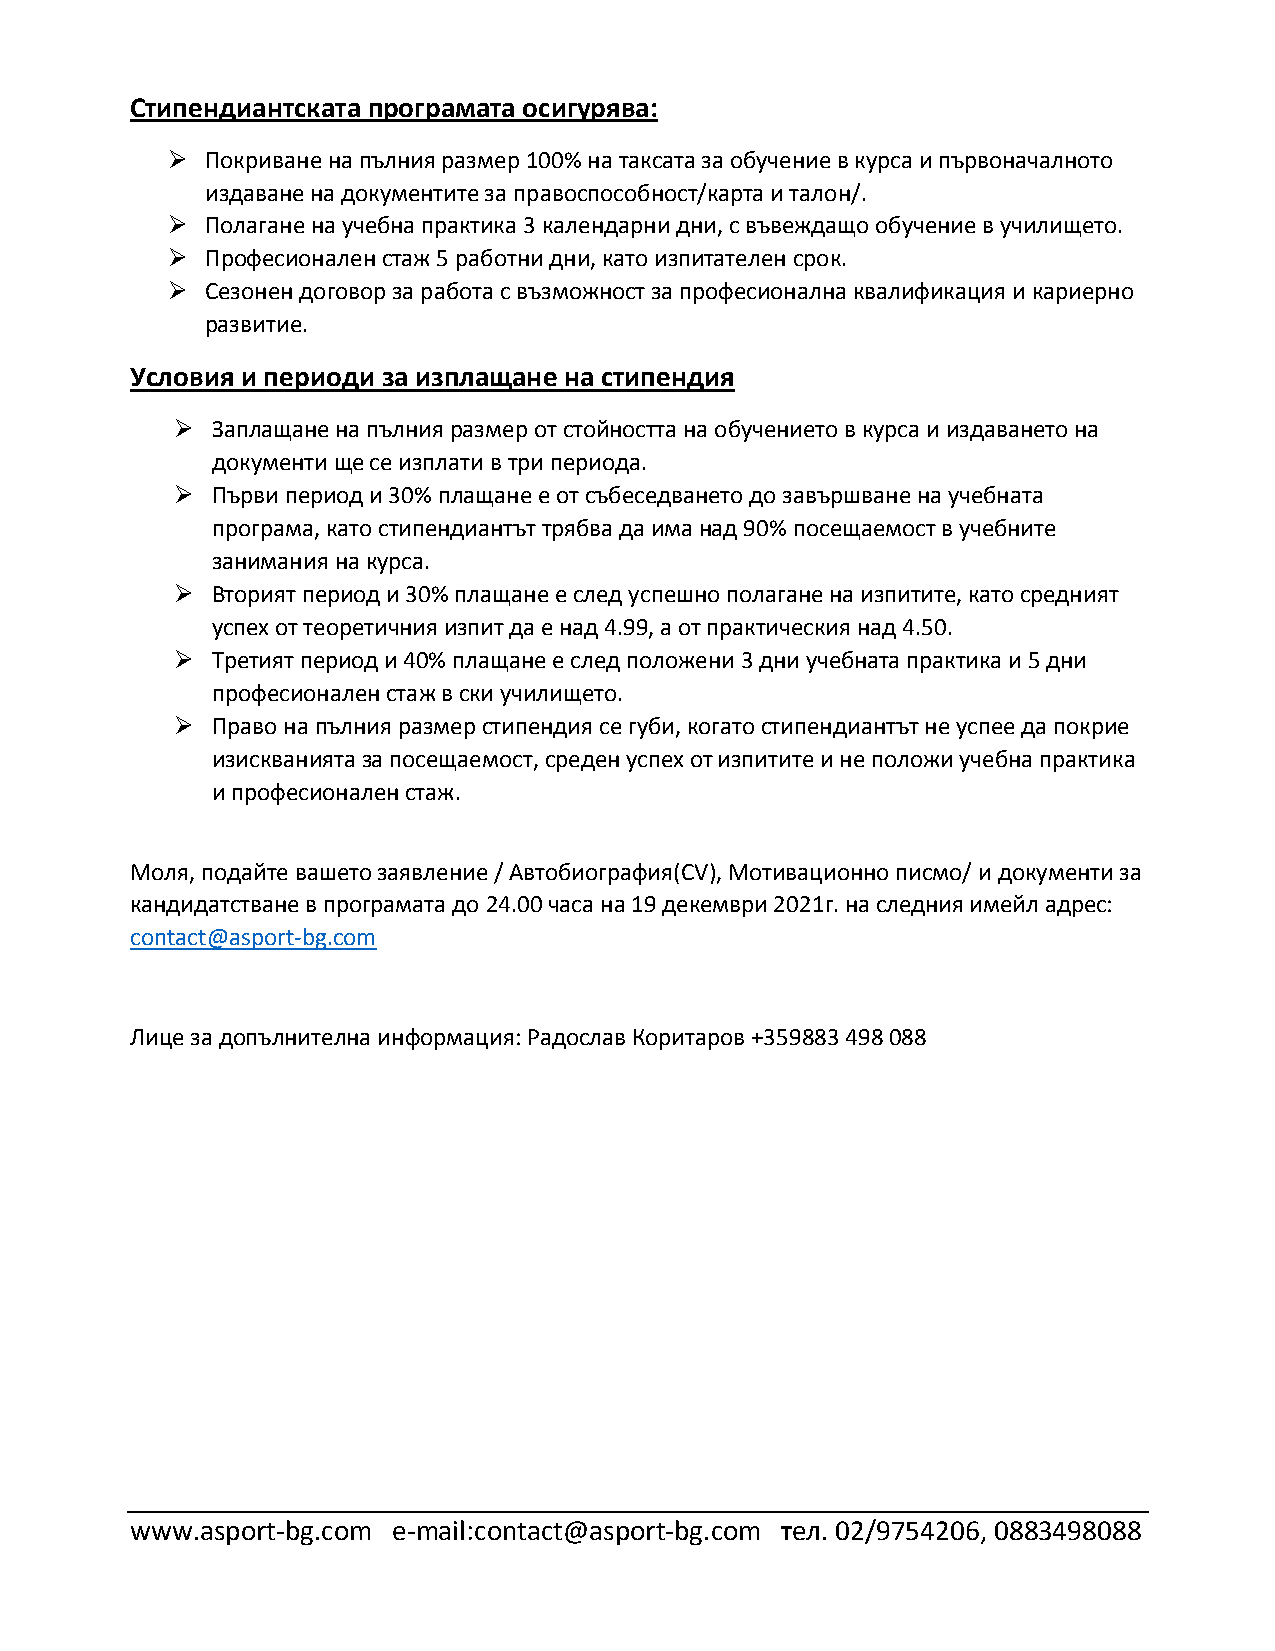
Стипендиантската програмата осигурява:
 ➢  Покриване на пълния размер 100% на таксата за обучение в курса и първоначалното
 издаване на документите за правоспособност/карта и талон/.
 ➢  Полагане на учебна практика 3 календарни дни, с въвеждащо обучение в училището.
 ➢  Професионален стаж 5 работни дни, като изпитателен срок.
 ➢  Сезонен договор за работа с възможност за професионална квалификация и кариерно
 развитие.
 Условия и периоди за изплащане на стипендия
 ➢ Заплащане на пълния размер от стойността на обучението в курса и издаването на
 документи ще се изплати в три периода.
 ➢ Първи период и 30% плащане е от събеседването до завършване на учебнaта
 програма, като стипендиантът трябва да има над 90% посещаемост в учебните
 занимания на курса.
 ➢ Вторият период и 30% плащане е след успешно полагане на изпитите, като средният
 успех от теоретичния изпит да е над 4.99, а от практическия над 4.50.
 ➢ Третият период и 40% плащане е след положени 3 дни учебната практика и 5 дни
 професионален стаж в ски училището.
 ➢ Право на пълния размер стипендия се губи, когато стипендиантът не успее да покрие
 изискванията за посещаемост, среден успех от изпитите и не положи учебна практика
 и професионален стаж.
 Моля, подайте вашето заявление / Автобиография(CV), Мотивационно писмо/ и документи за
 кандидатстване в програмата до 24.00 часа на 19 декември 2021г. на следния имейл адрес:
 contact@asport-bg.com
 Лице за допълнителна информация: Радослав Коритаров +359883 498 088
 www.asport-bg.com e-mail:contact@asport-bg.com тел. 02/9754206, 0883498088